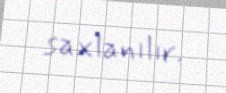
saxlanılır.